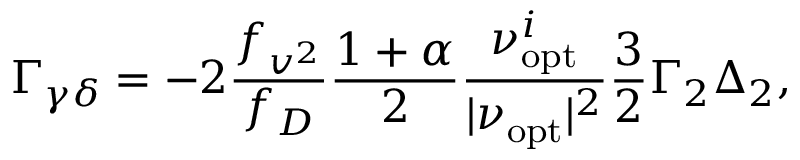
\Gamma _ { \gamma \delta } = - 2 \frac { f _ { v ^ { 2 } } } { f _ { D } } \frac { 1 + \alpha } { 2 } \frac { \nu _ { \mathrm { o p t } } ^ { i } } { | \nu _ { \mathrm { o p t } } | ^ { 2 } } \frac { 3 } { 2 } \Gamma _ { 2 } \Delta _ { 2 } ,